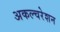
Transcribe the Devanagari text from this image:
अकल्चरेशन